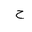
Letter: _ha